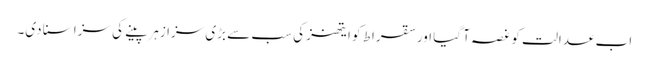
اب عدالت کو غصہ آ گیا اور سقراط کو ایتھنز کی سب سے بڑی سزا زہر پینے کی سزا سنا دی۔